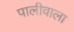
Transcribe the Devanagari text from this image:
पालीवाला